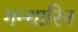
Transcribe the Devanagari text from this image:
गन्धारिन